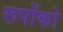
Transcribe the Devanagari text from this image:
रूपोंको